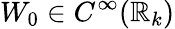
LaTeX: W_{0}\in C^{\infty}(\mathbb{R}_{k})